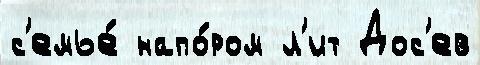
с'емье́ напо́ром л'ит Дос'ев